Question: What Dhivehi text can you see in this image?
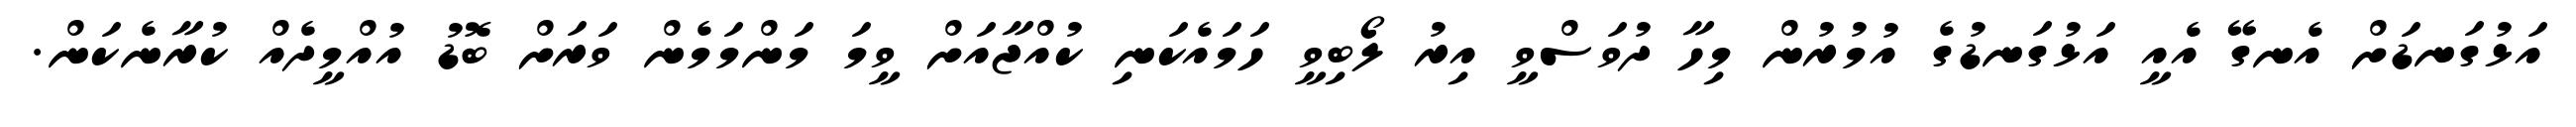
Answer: އަޅުގަނޑަށް އެނގޭ އެއީ އަޅުގަނޑުގެ އުމުރުން މިހާ ދުވަސްވީ އިރު ލޯބިވީ ހަމައެކަނި ކުއްޖާއަށް ވީމަ މަންމަމެން ވަރަށް ބޮޑު އުއްމީދެއް ކުރާނެކަން.